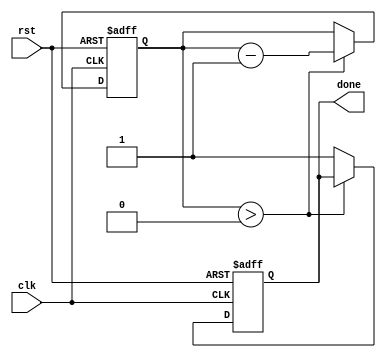
module decremental_for_loop (
    input wire clk,
    input wire rst,
    output reg done
    );

    reg [7:0] counter;
    parameter INIT_VALUE = 10;
    parameter END_VALUE = 0;
    parameter DECREMENT = 1;

    always @(posedge clk or posedge rst) begin
        if (rst) begin
            counter <= INIT_VALUE;
            done <= 0;
        end else begin
            if (counter > END_VALUE) begin
                // Execute set of statements
                // Add your statements here
                
                counter <= counter - DECREMENT;
            end else begin
                done <= 1;
            end
        end
    end

endmodule